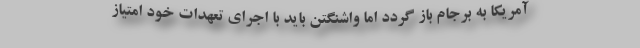
آمریکا به برجام باز گردد اما واشنگتن باید با اجرای تعهدات خود امتیاز